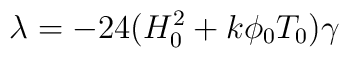
{\lambda}=-24(H_{0}^{2}+k{\phi}_{0}T_{0}){\gamma}